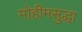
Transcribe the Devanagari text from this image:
मोहीमसुद्धा